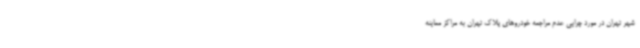
شهر تهران در مورد چرایی عدم مراجعه خودروهای پلاک تهران به مراکز معاینه